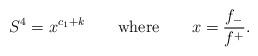
LaTeX: \begin{align*}S^4 = x^{c_1 + k} \qquad {\rm where} \qquad x = \frac{f_-}{f^+}.\end{align*}